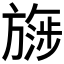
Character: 𬀔